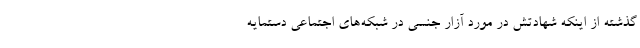
گذشته از اینکه شهادتش در مورد آزار جنسی در شبکه‌های اجتماعی دستمایه